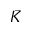
\bar { K }